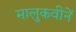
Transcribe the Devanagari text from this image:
मालुकवीनें